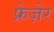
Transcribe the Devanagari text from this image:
फ्रेज़ेर